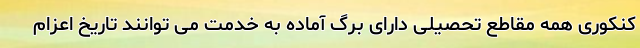
کنکوری همه مقاطع تحصیلی دارای برگ آماده به خدمت می توانند تاریخ اعزام